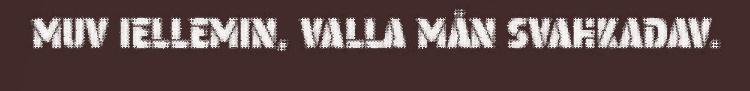
MUV IELLEMIN, VALLA MÅN SVAHKADAV.